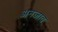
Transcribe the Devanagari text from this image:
अनजाव